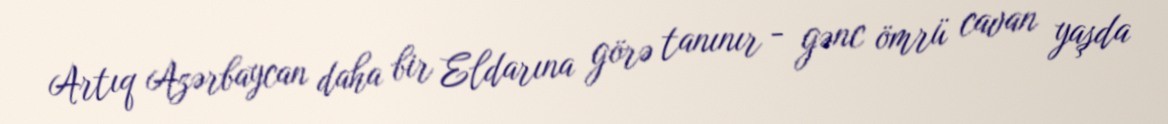
Artıq Azərbaycan daha bir Eldarına görə tanınır - gənc ömrü cavan yaşda